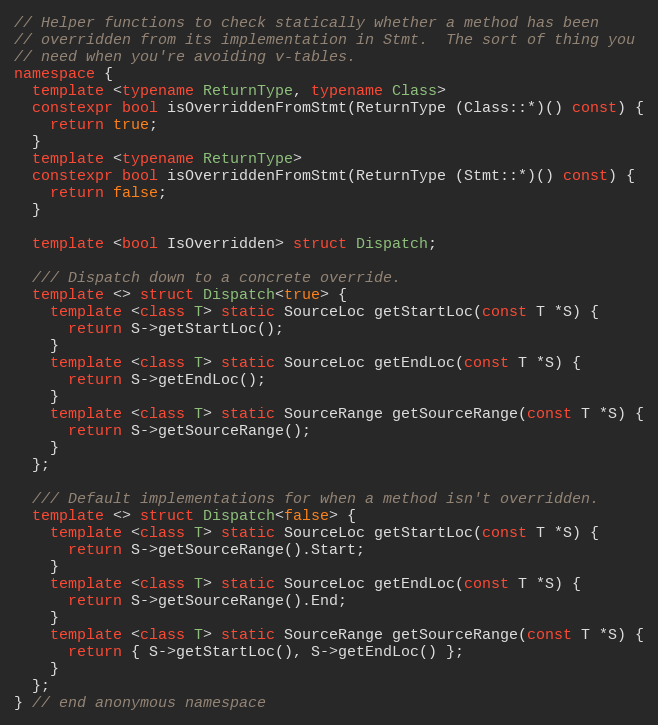
Language: C++
// Helper functions to check statically whether a method has been
// overridden from its implementation in Stmt.  The sort of thing you
// need when you're avoiding v-tables.
namespace {
  template <typename ReturnType, typename Class>
  constexpr bool isOverriddenFromStmt(ReturnType (Class::*)() const) {
    return true;
  }
  template <typename ReturnType>
  constexpr bool isOverriddenFromStmt(ReturnType (Stmt::*)() const) {
    return false;
  }

  template <bool IsOverridden> struct Dispatch;

  /// Dispatch down to a concrete override.
  template <> struct Dispatch<true> {
    template <class T> static SourceLoc getStartLoc(const T *S) {
      return S->getStartLoc();
    }
    template <class T> static SourceLoc getEndLoc(const T *S) {
      return S->getEndLoc();
    }
    template <class T> static SourceRange getSourceRange(const T *S) {
      return S->getSourceRange();
    }
  };

  /// Default implementations for when a method isn't overridden.
  template <> struct Dispatch<false> {
    template <class T> static SourceLoc getStartLoc(const T *S) {
      return S->getSourceRange().Start;
    }
    template <class T> static SourceLoc getEndLoc(const T *S) {
      return S->getSourceRange().End;
    }
    template <class T> static SourceRange getSourceRange(const T *S) {
      return { S->getStartLoc(), S->getEndLoc() };
    }
  };
} // end anonymous namespace